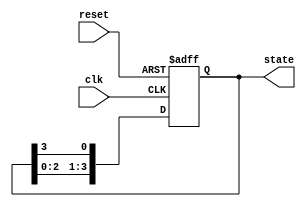
module bistable_ring_counter (
    input wire clk,       // Clock input
    input wire reset,     // Asynchronous reset
    output reg [3:0] state // 4-bit output state
);

    // Initial state
    initial begin
        state = 4'b1000; // Initializing the counter to 1000
    end

    always @(posedge clk or posedge reset) begin
        if (reset) begin
            state <= 4'b1000; // Reset state to 1000
        end else begin
            // Shift the '1' through the ring
            state <= {state[2:0], state[3]}; // Circular shift
        end
    end

endmodule